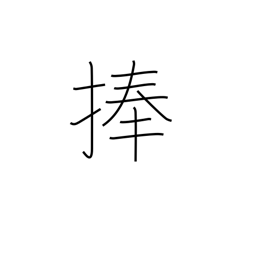
Meaning: consecrate